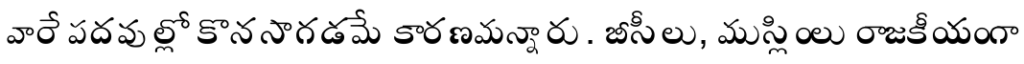
వారే పదవుల్లో కొనసాగడమే కారణమన్నారు. బీసీలు, ముస్లింలు రాజకీయంగా